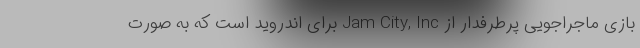
بازی ماجراجویی پرطرفدار از Jam City, Inc برای اندروید است که به صورت